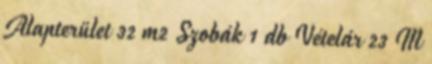
Alapterület 32 m2 Szobák 1 db Vételár 23 M